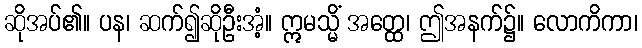
ဆိုအပ်၏။ ပန၊ ဆက်၍ဆိုဦးအံ့။ ဣမသ္မိံ အတ္ထေ၊ ဤအနက်၌။ လောကိကာ၊